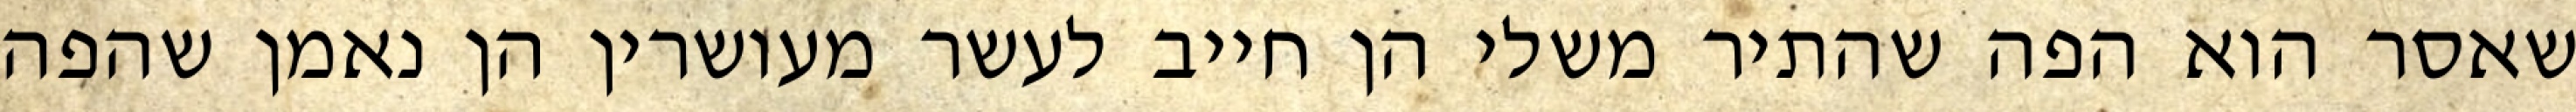
שאסר הוא הפה שהתיר משלי הן חייב לעשר מעושרין הן נאמן שהפה